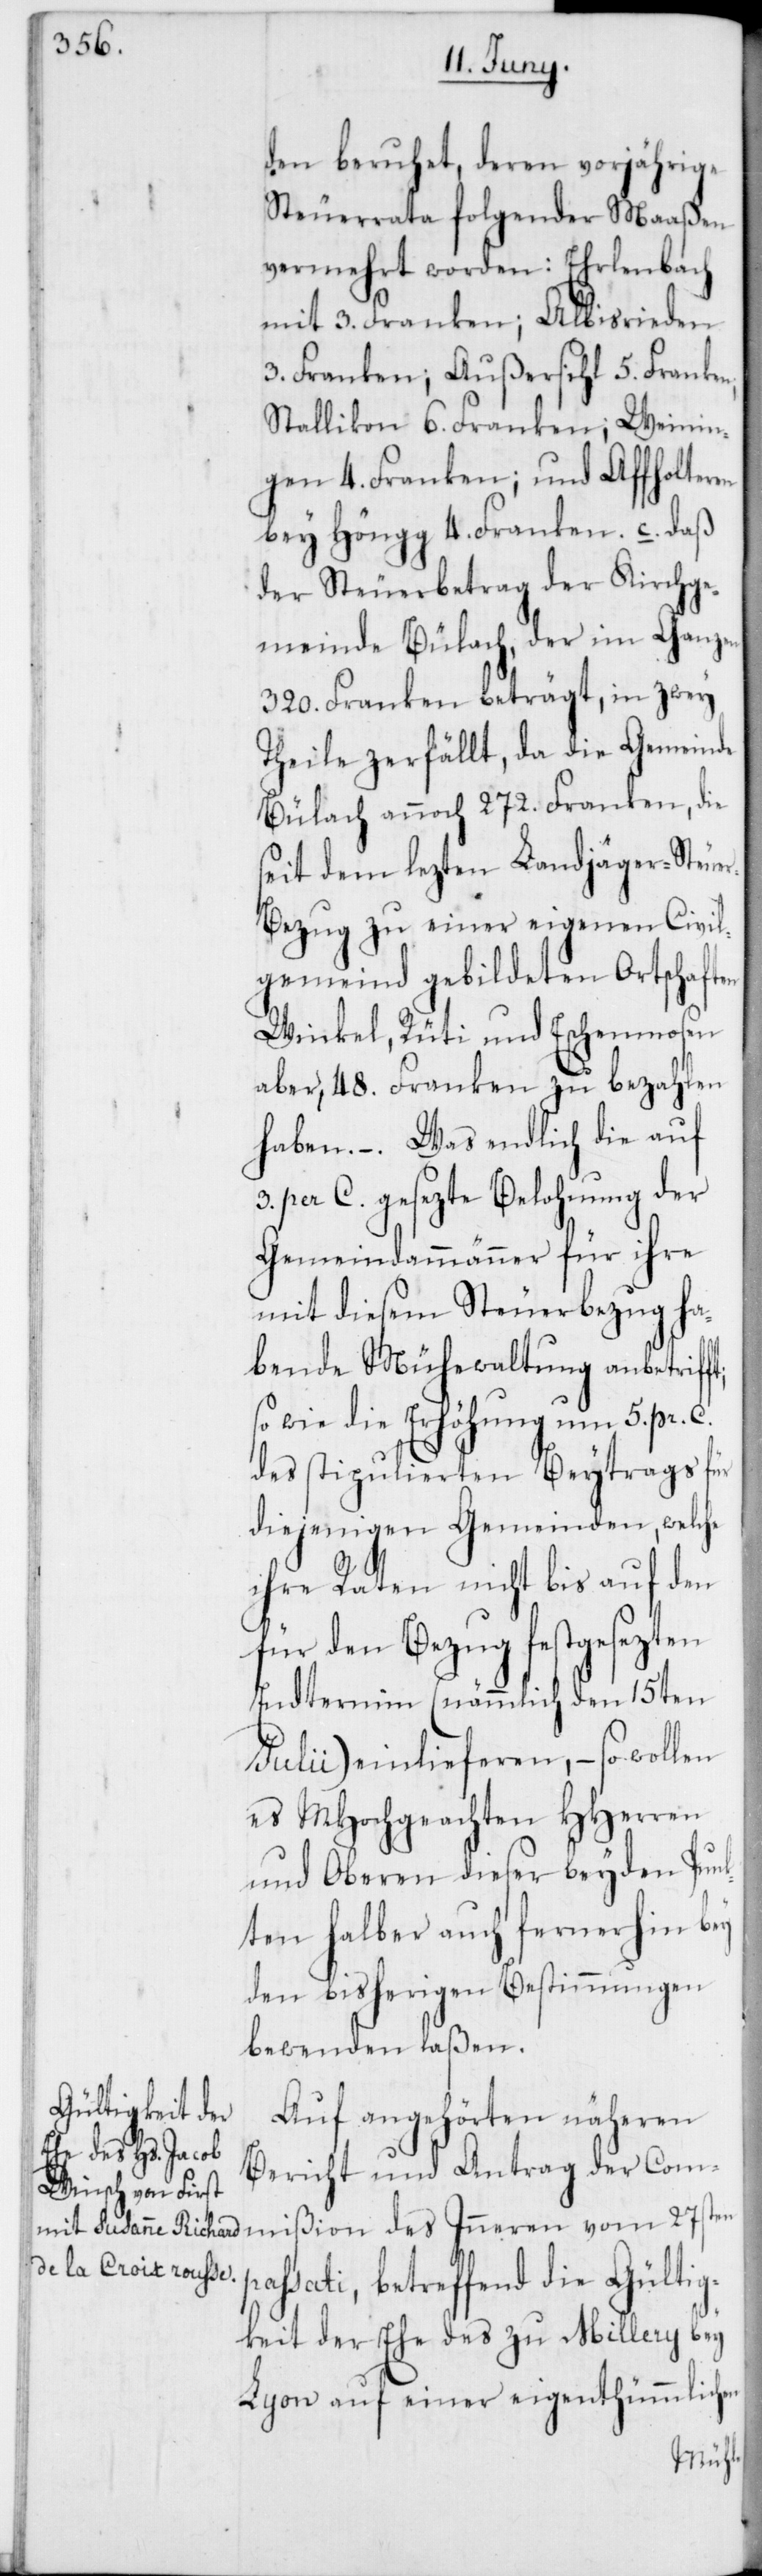
den beruhet, deren vorjährige
Steuerrata folgender Maaßen
vermehrt worden: Ehrlenbach
mit 3. Franken; Albisrieden
3. Franken; Außersihl 5. Franken;
Stallikon 6. Franken; Weinin¬
gen 4. Franken; und Affoltern
bey Höngg 4. Franken.
der Steuerbetrag der Kirchge¬
meinde Bülach, der im Ganzen
320. Franken beträgt, in zwey
Theile zerfällt, da die Gemeinde
Bülach annoch 272. Franken, die
seit dem lezten Landjäger-Steue¬
r-Bezug zu einer eigenen Civil¬
gemeind gebildeten Ortschaften
Winkel, Rüti und Eschenmosen
aber, 48. Franken zu bezahlen
haben. –. Was endlich die auf
3. per C. gesezte Belohnung der
Gemeindammänner für ihre
mit diesem Steuerbezug ha¬
bende Mühewaltung anbetrifft;
ßion des Inneren vom 27sten p¬
des stipulierten Beytrags für
diejenigen Gemeinden, welche
ihre Raten nicht bis auf den
für den Bezug festgesezten
Endtermin (nämmlich den 15ten
Julii) einlieferen, – so wollen
es MHochgeachte HHerren
und Oberen dieser beyden Punk¬
ten halber auch fernerhin bey
den bisherigen Bestimmungen
bewenden laßen.
Auf angehörten näheren
Bericht und Antrag der Commi¬
assati, betreffend die Gültig¬
keit der Ehe des zu Millery bey
Lyon auf einer eigenthümlichen